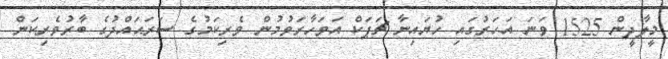
މީލާދީން 1525 ވަނަ އަހަރުގައި ހުޔައިނާ ޗަޕަކް އަވަހާރަވުމުން ވެރިކަމުގެ ސަރަޙައްދުގެ ބާރުވެރިކަން